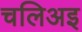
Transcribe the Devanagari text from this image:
चलिअइ